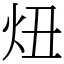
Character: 炄